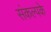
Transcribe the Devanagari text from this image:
संकल्पके